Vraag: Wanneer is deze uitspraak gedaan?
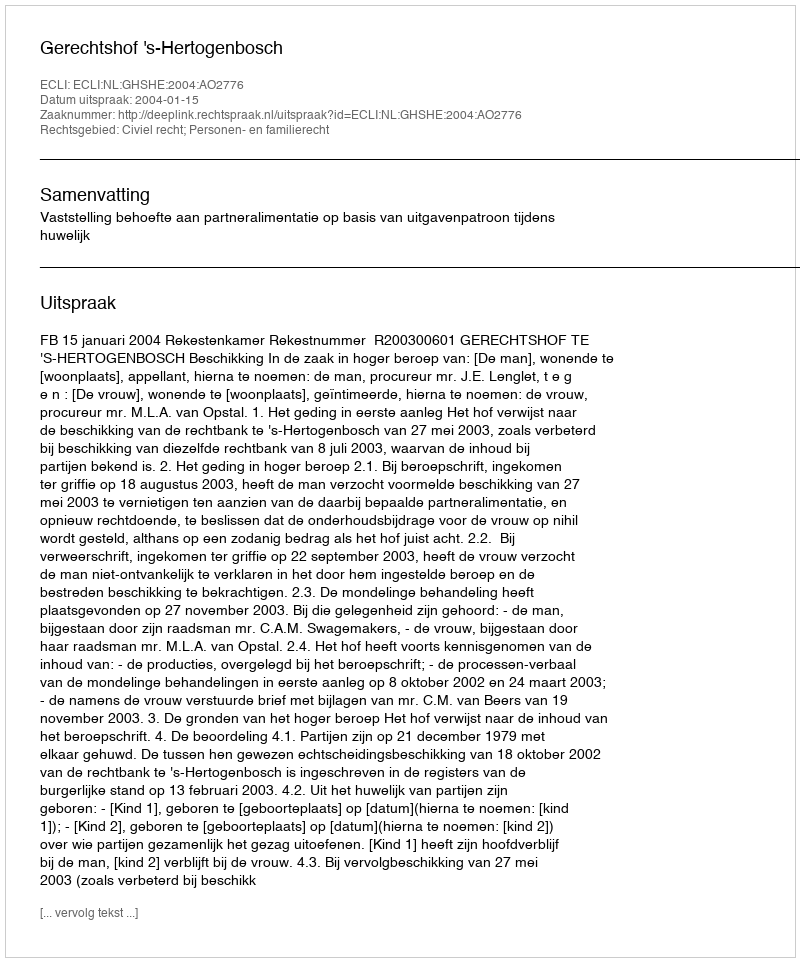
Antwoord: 2004-01-15